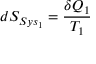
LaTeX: d S _ { S y s _ { 1 } } = { \frac { \delta Q _ { 1 } } { T _ { 1 } } }